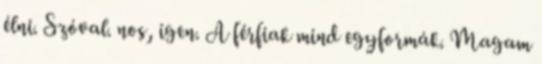
élni. Szóval. nos, igen. A férfiak mind egyformák. Magam